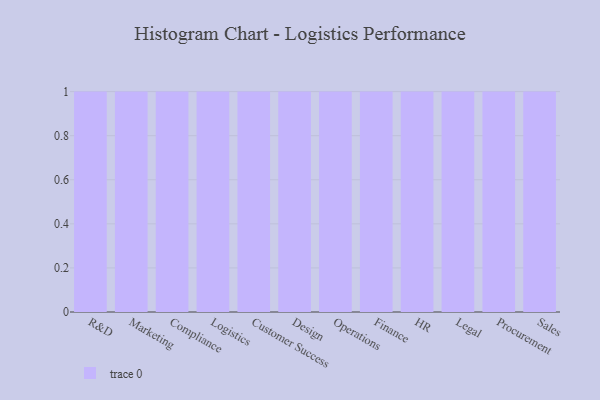
{"axis": {"x": "Department", "y": "Tickets Resolved"}, "legend": [""], "data": [{"x": "R&D", "y": 50, "type": ""}, {"x": "Marketing", "y": 45, "type": ""}, {"x": "Compliance", "y": 63, "type": ""}, {"x": "Logistics", "y": 68, "type": ""}, {"x": "Customer Success", "y": 53, "type": ""}, {"x": "Design", "y": 61, "type": ""}, {"x": "Operations", "y": 74, "type": ""}, {"x": "Finance", "y": 75, "type": ""}, {"x": "HR", "y": 29, "type": ""}, {"x": "Legal", "y": 51, "type": ""}, {"x": "Procurement", "y": 58, "type": ""}, {"x": "Sales", "y": 8, "type": ""}]}